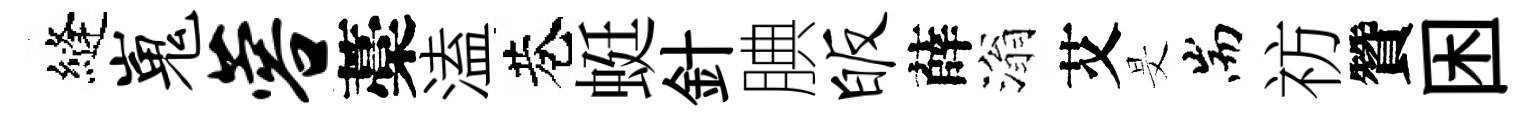
縫嵬蓉藁溘巷蜓針腆皈薛滃艾旻耑祊贊困